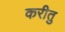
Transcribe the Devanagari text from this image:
करीतु